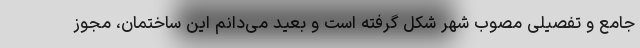
جامع و تفصیلی مصوب شهر شکل گرفته است و بعید می‌دانم این ساختمان، مجوز